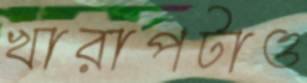
খারাপটাও